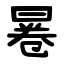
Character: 㒽